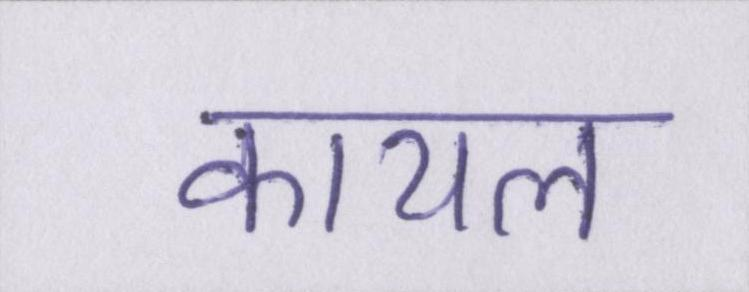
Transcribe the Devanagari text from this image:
कायल